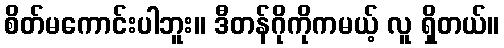
စိတ်မကောင်းပါဘူး။ ဒီတန်ဂိုကိုကမယ့် လူ ရှိတယ်။